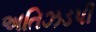
અતિઝડપી